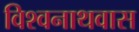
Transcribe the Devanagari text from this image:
विश्वनाथवास